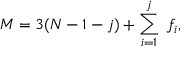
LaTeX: M = 3 ( N - 1 - j ) + \sum _ { i = 1 } ^ { j } \ f _ { i } ,